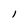
Character: l